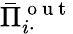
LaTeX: \bar{\Pi}_{i\cdot}^{\mathrm{~o~u~t~}}